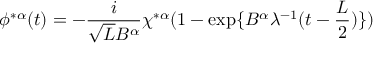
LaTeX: \phi ^ { * \alpha } ( t ) = - \frac { i } { \sqrt { L } B ^ { \alpha } } \chi ^ { * \alpha } ( 1 - \exp \{ B ^ { \alpha } \lambda ^ { - 1 } ( t - \frac { L } { 2 } ) \} )